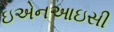
ઇએનઆઇસી